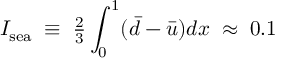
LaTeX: I _ { \mathrm { s e a } } \; \equiv \; { \textstyle \frac { 2 } { 3 } } \int _ { 0 } ^ { 1 } ( \bar { d } - \bar { u } ) d x \; \approx \; 0 . 1